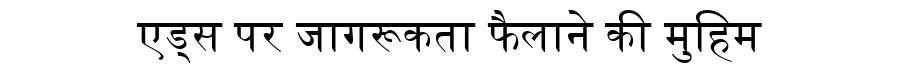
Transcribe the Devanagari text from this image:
एड्स पर जागरूकता फैलाने की मुहिम